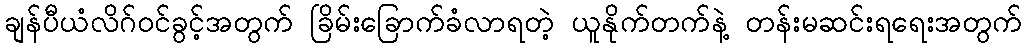
ချန်ပီယံလိဂ်ဝင်ခွင့်အတွက် ခြိမ်းခြောက်ခံလာရတဲ့ ယူနိုက်တက်နဲ့ တန်းမဆင်းရရေးအတွက်